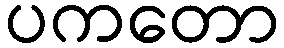
ပကတော